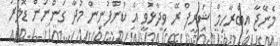
މެނޭޖާ އިބްރާހިމް ޝަރީފް ރޭ ވިދާޅުވީ އެ ކުންފުނިން މުދާ ގަންނަން ޑޮލަރު